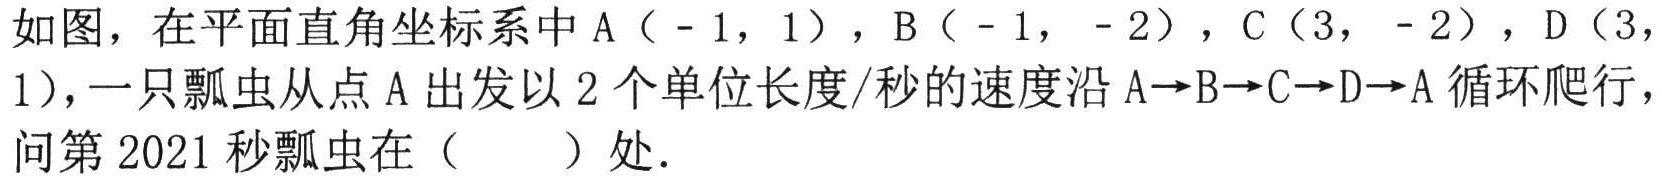
如图，在平面直角坐标系中A（-1，1），B（-1，-2），C（3，-2），D（3，1），一只瓢虫从点A出发以2个单位长度/秒的速度沿A→B→C→D→A循环爬行，问第2021秒瓢虫在（  ）处.